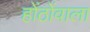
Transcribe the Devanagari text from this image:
होंठोंवाला